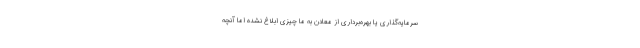
سرمایه‌گذاری یا بهره‌برداری از معادن به ما چیزی ابلاغ نشده اما آنچه